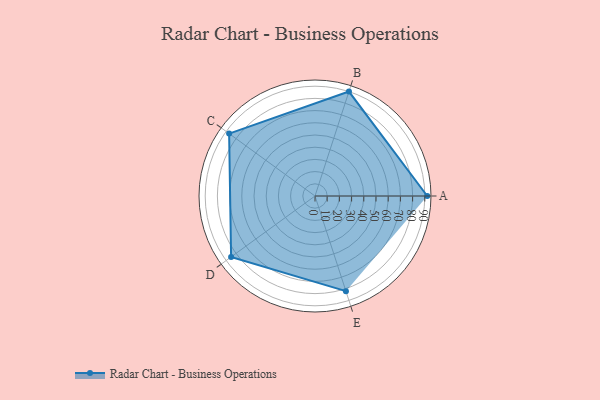
{"axis": {"x": "Skill", "y": "Score"}, "legend": ["Profile"], "data": [{"x": "A", "y": 92.0, "type": "Profile"}, {"x": "B", "y": 90.0, "type": "Profile"}, {"x": "C", "y": 87.0, "type": "Profile"}, {"x": "D", "y": 85.0, "type": "Profile"}, {"x": "E", "y": 82.0, "type": "Profile"}]}